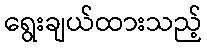
ရွေးချယ်ထားသည့်